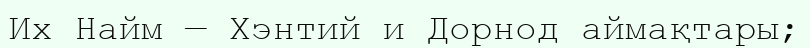
Их Найм — Хэнтий и Дорнод аймақтары;